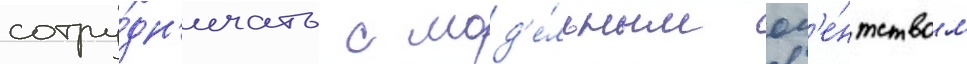
сотру́дн'ичать с мод'е́льным аг'е́нтством